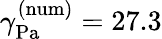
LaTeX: \gamma_{\mathrm{{Pa}}}^{\mathrm{{(num)}}}=27.3